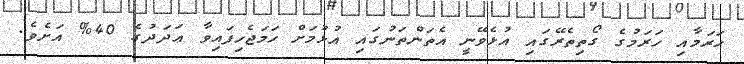
ޙަރަމާއި ހަރަމުގެ ގޯތިތެރޭގައި އުޅެވޭނީ އެތަންތަނުގައި އުޅުމަށް ހަމަޖެހިފައިވާ ޢަދަދުގެ 40% އަށެވެ.